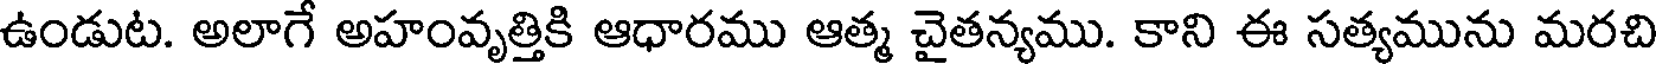
ఉండుట. అలాగే అహంవృత్తికి ఆధారము ఆత్మ చైతన్యము. కాని ఈ సత్యమును మరచి